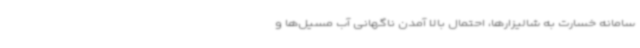
سامانه خسارت به شالیزارها، احتمال بالا آمدن ناگهانی آب مسیل‌ها و